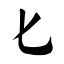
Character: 匕